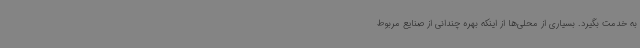
به خدمت بگیرد. بسیاری از محلی‌ها از اینکه بهره چندانی از صنایع مربوط